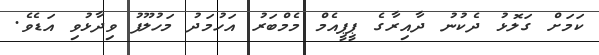
ކަމަށް ގަލޮޅު ދެކުނު ދާއިރާގެ ޕީޕީއެމް މެމްބަރު އަހުމަދު މަހުލޫފު ވިދާޅުވި އަޑެވެ.